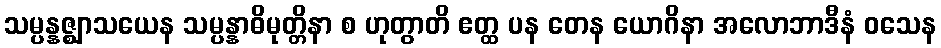
သမ္ပန္နဇ္ဈာသယေန သမ္ပန္နာဓိမုတ္တိနာ စ ဟုတွာတိ ဧတ္ထ ပန တေန ယောဂိနာ အလောဘာဒီနံ ဝသေန